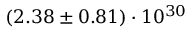
( 2 . 3 8 \pm 0 . 8 1 ) \cdot 1 0 ^ { 3 0 }